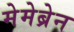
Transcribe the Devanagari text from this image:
मेमेब्रेन